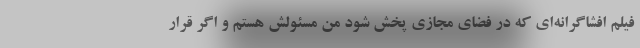
فیلم افشاگرانه‌ای که در فضای مجازی پخش شود من مسئولش هستم و اگر قرار